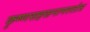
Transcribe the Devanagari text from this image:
कृष्णसहस्रनामस्तोत्र